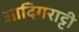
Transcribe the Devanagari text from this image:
आदिगराट्टी